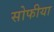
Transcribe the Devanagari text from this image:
सोफीया